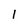
Character: 1